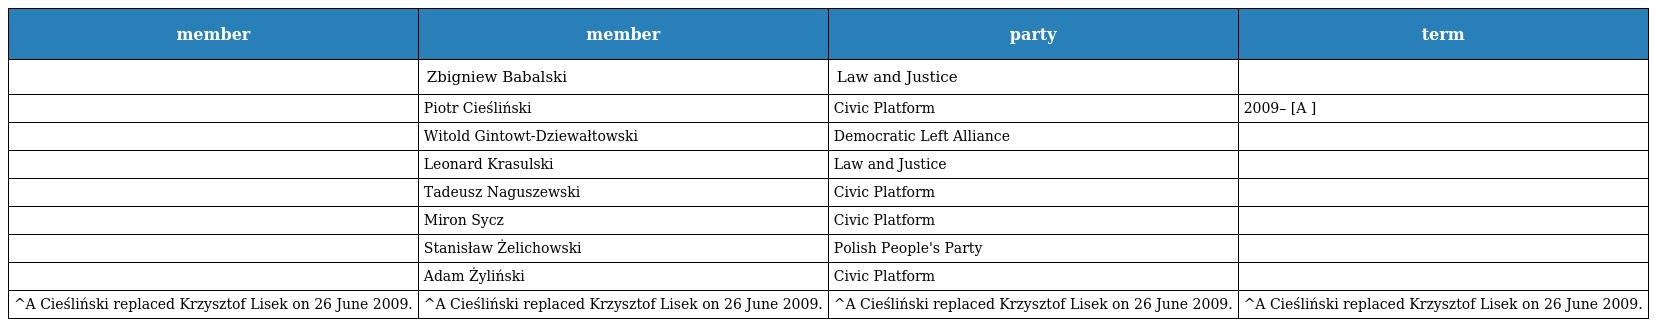
| member | member | party | term |
 | --- | --- | --- | --- |
 |  | Zbigniew Babalski | Law and Justice |  |
 |  | Piotr Cieśliński | Civic Platform | 2009– [A ] |
 |  | Witold Gintowt-Dziewałtowski | Democratic Left Alliance |  |
 |  | Leonard Krasulski | Law and Justice |  |
 |  | Tadeusz Naguszewski | Civic Platform |  |
 |  | Miron Sycz | Civic Platform |  |
 |  | Stanisław Żelichowski | Polish People's Party |  |
 |  | Adam Żyliński | Civic Platform |  |
 | ^A Cieśliński replaced Krzysztof Lisek on 26 June 2009. | ^A Cieśliński replaced Krzysztof Lisek on 26 June 2009. | ^A Cieśliński replaced Krzysztof Lisek on 26 June 2009. | ^A Cieśliński replaced Krzysztof Lisek on 26 June 2009. |